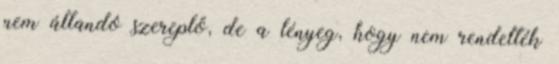
nem állandó szereplő, de a lényeg, hogy nem rendelték